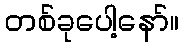
တစ်ခုပေါ့နော်။